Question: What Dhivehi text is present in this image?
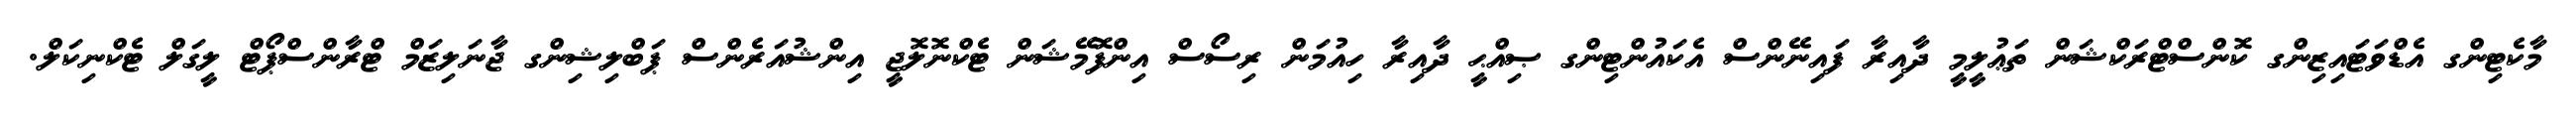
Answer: މާކެޓިންގ އެޑްވަޓައިޒިންގ ކޮންސްޓްރަކްޝަން ތަޢުލީމީ ދާއިރާ ފައިނޭންސް އެކައުންޓިންގ ޞިއްޙީ ދާއިރާ ހިއުމަން ރިސޯސް އިންފޮމޭޝަން ޓެކްނޮލޮޖީ އިންޝުއަރެންސް ޕަބްލިޝިންގ ޖާނަލިޒަމް ޓްރާންސްޕޯޓް ލީގަލް ޓެކްނިކަލް.